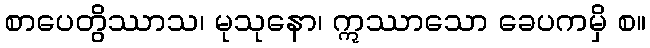
စာပေတွိဿာသ၊ မုသုနော၊ ဣဿာသော ခေပကမှိ စ။